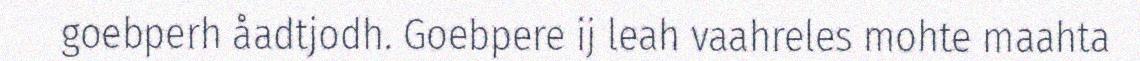
goebperh åadtjodh. Goebpere ij leah vaahreles mohte maahta